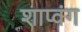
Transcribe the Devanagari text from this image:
शाप्वंग